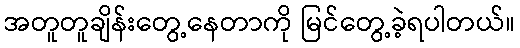
အတူတူချိန်းတွေ့နေတာကို မြင်တွေ့ခဲ့ရပါတယ်။